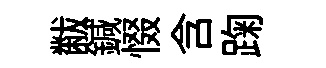
黻鍼惙含踘